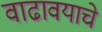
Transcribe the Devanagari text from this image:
वाढावयाचे